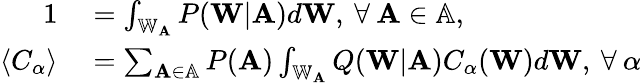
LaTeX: \begin{array}{rl}{1}&{{}=\int_{\mathbb{W}_{\mathbf{A}}}P(\mathbf{W}|\mathbf{A})d\mathbf{W},\: \forall\: \mathbf{A}\in\mathbb{A},}\\ {\langle C_{\alpha}\rangle}&{{}=\sum_{\mathbf{A}\in\mathbb{A}}P(\mathbf{A})\int_{\mathbb{W}_{\mathbf{A}}}Q(\mathbf{W}|\mathbf{A})C_{\alpha}(\mathbf{W})d\mathbf{W},\: \forall\: \alpha}\end{array}